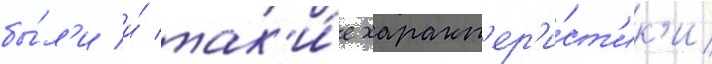
бы́л'и и́ так'и́е характ'ер'и́ст'ик'и